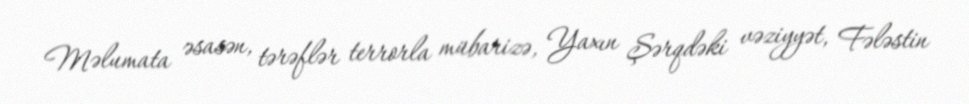
Məlumata əsasən, tərəflər terrorla mübarizə, Yaxın Şərqdəki vəziyyət, Fələstin